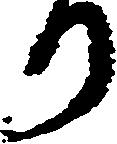
り